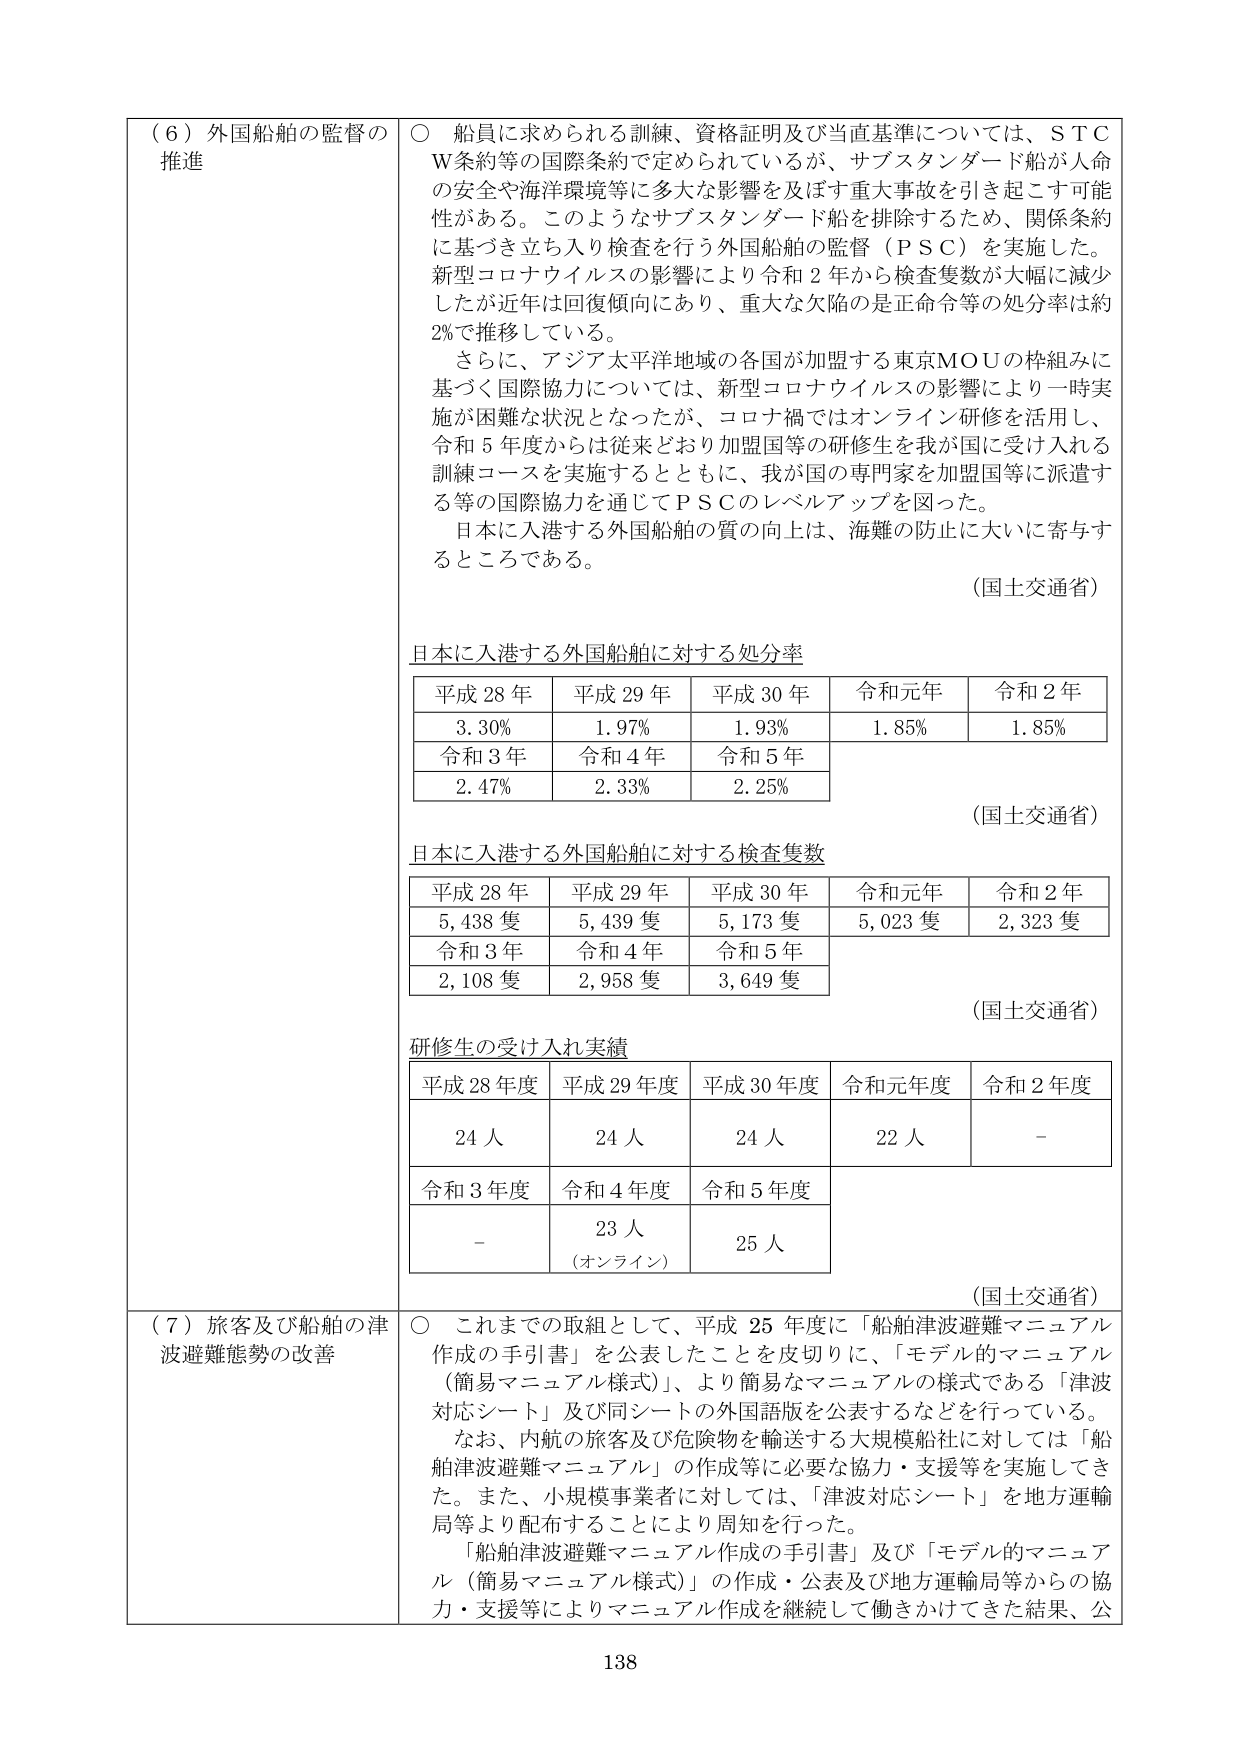
（６）外国船舶の監督の推進
○ 船員に求められる訓練、資格証明及び当直基準については、ＳＴＣＷ条約等の国際条約で定められているが、サブスタンダード船が人命の安全や海洋環境等に多大な影響を及ぼす重大事故を引き起こす可能性がある。このようなサブスタンダード船を排除するため、関係条約に基づき立ち入り検査を行う外国船舶の監督（ＰＳＣ）を実施した。新型コロナウイルスの影響により令和２年から検査隻数が大幅に減少したが近年は回復傾向にあり、重大な欠陥の是正命令等の処分率は約2％で推移している。
　さらに、アジア太平洋地域の各国が加盟する東京ＭＯＵの枠組みに基づく国際協力については、新型コロナウイルスの影響により一時実施が困難な状況となったが、コロナ禍ではオンライン研修を活用し、令和５年度からは従来どおり加盟国等の研修生を我が国に受け入れる訓練コースを実施するとともに、我が国の専門家を加盟国等に派遣する等の国際協力を通じてＰＳＣのレベルアップを図った。
　日本に入港する外国船舶の質の向上は、海難の防止に大いに寄与するところである。
（国土交通省）

日本に入港する外国船舶に対する処分率
平成28年　平成29年　平成30年　令和元年　令和2年
3.30％　　1.97％　　1.93％　　1.85％　　1.85％
令和3年　令和4年　令和5年
2.47％　　2.33％　　2.25％
（国土交通省）

日本に入港する外国船舶に対する検査隻数
平成28年　平成29年　平成30年　令和元年　令和2年
5,438隻　5,439隻　5,173隻　5,023隻　2,323隻
令和3年　令和4年　令和5年
2,108隻　2,958隻　3,649隻
（国土交通省）

研修生の受け入れ実績
平成28年度　平成29年度　平成30年度　令和元年度　令和2年度
24人　　　24人　　　24人　　　22人　　　－
令和3年度　令和4年度　令和5年度
－　　　　23人　　　25人
（オンライン）
（国土交通省）

（７）旅客及び船舶の津波避難態勢の改善
○ これまでの取組として、平成25年度に「船舶津波避難マニュアル作成の手引書」を公表したことを皮切りに、「モデル的マニュアル（簡易マニュアル様式）」、より簡易なマニュアルの様式である「津波対応シート」及び同シートの外国語版を公表するなどを行っている。
　なお、内航の旅客及び危険物を輸送する大規模船社に対しては「船舶津波避難マニュアル」の作成等に必要な協力・支援等を実施してきた。また、小規模事業者に対しては、「津波対応シート」を地方運輸局等より配布することにより周知を行った。
　「船舶津波避難マニュアル作成の手引書」及び「モデル的マニュアル（簡易マニュアル様式）」の作成・公表及び地方運輸局等からの協力・支援等によりマニュアル作成を継続して働きかけてきた結果、公

138